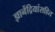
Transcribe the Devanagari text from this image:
ज्ञानेंद्रियांसहित